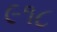
૯૧૮